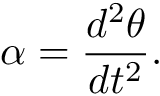
\alpha = { \frac { d ^ { 2 } \theta } { d t ^ { 2 } } } .